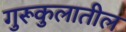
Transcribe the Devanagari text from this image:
गुरूकुलातील